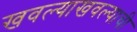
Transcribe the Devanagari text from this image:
खवल्याखवल्याची